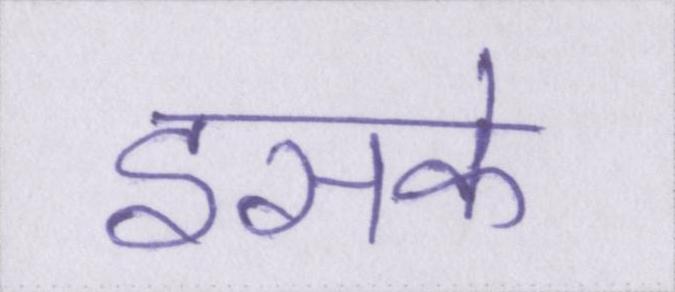
इसके